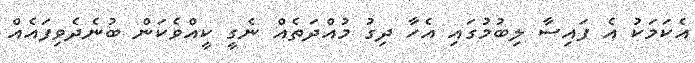
އެކަމަކު އެ ފައިސާ ލިބުމުގައި އެހާ ދިގު މުއްދަތެއް ނެގީ ކީއްވެކަން ބުނެދެވިފައެއް